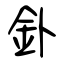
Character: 釙